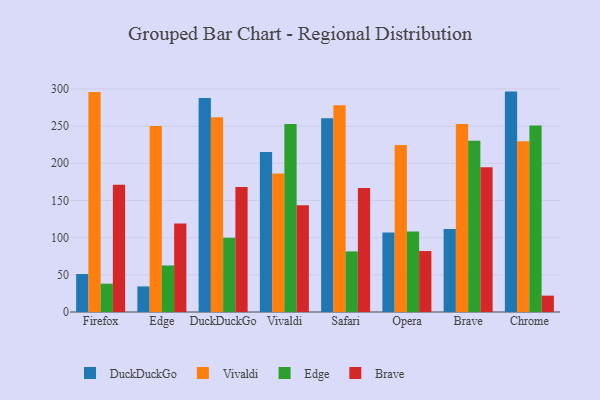
{"axis": {"x": "Browser", "y": "Backlog"}, "legend": ["Brave", "DuckDuckGo", "Edge", "Vivaldi"], "data": [{"x": "Firefox", "y": 51.1, "type": "DuckDuckGo"}, {"x": "Firefox", "y": 296.0, "type": "Vivaldi"}, {"x": "Firefox", "y": 38.1, "type": "Edge"}, {"x": "Firefox", "y": 171.0, "type": "Brave"}, {"x": "Edge", "y": 34.4, "type": "DuckDuckGo"}, {"x": "Edge", "y": 250.2, "type": "Vivaldi"}, {"x": "Edge", "y": 62.6, "type": "Edge"}, {"x": "Edge", "y": 119.1, "type": "Brave"}, {"x": "DuckDuckGo", "y": 287.9, "type": "DuckDuckGo"}, {"x": "DuckDuckGo", "y": 261.9, "type": "Vivaldi"}, {"x": "DuckDuckGo", "y": 99.9, "type": "Edge"}, {"x": "DuckDuckGo", "y": 168.2, "type": "Brave"}, {"x": "Vivaldi", "y": 215.1, "type": "DuckDuckGo"}, {"x": "Vivaldi", "y": 186.3, "type": "Vivaldi"}, {"x": "Vivaldi", "y": 252.7, "type": "Edge"}, {"x": "Vivaldi", "y": 143.6, "type": "Brave"}, {"x": "Safari", "y": 260.7, "type": "DuckDuckGo"}, {"x": "Safari", "y": 278.1, "type": "Vivaldi"}, {"x": "Safari", "y": 81.5, "type": "Edge"}, {"x": "Safari", "y": 166.7, "type": "Brave"}, {"x": "Opera", "y": 106.9, "type": "DuckDuckGo"}, {"x": "Opera", "y": 224.5, "type": "Vivaldi"}, {"x": "Opera", "y": 108.1, "type": "Edge"}, {"x": "Opera", "y": 82.0, "type": "Brave"}, {"x": "Brave", "y": 111.5, "type": "DuckDuckGo"}, {"x": "Brave", "y": 252.8, "type": "Vivaldi"}, {"x": "Brave", "y": 230.3, "type": "Edge"}, {"x": "Brave", "y": 194.6, "type": "Brave"}, {"x": "Chrome", "y": 296.4, "type": "DuckDuckGo"}, {"x": "Chrome", "y": 229.5, "type": "Vivaldi"}, {"x": "Chrome", "y": 250.7, "type": "Edge"}, {"x": "Chrome", "y": 22.0, "type": "Brave"}]}